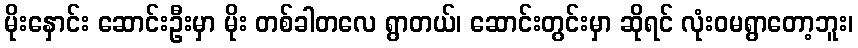
မိုးနှောင်း ဆောင်းဦးမှာ မိုး တစ်ခါတလေ ရွာတယ်၊ ဆောင်းတွင်းမှာ ဆိုရင် လုံးဝမရွာတော့ဘူး၊